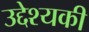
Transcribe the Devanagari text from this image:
उद्देश्यकी